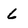
Character: L